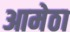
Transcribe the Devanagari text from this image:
आमेठा